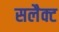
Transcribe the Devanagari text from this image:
सलैक्ट